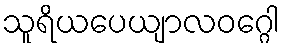
သူရိယပေယျာလဝဂ္ဂေါ